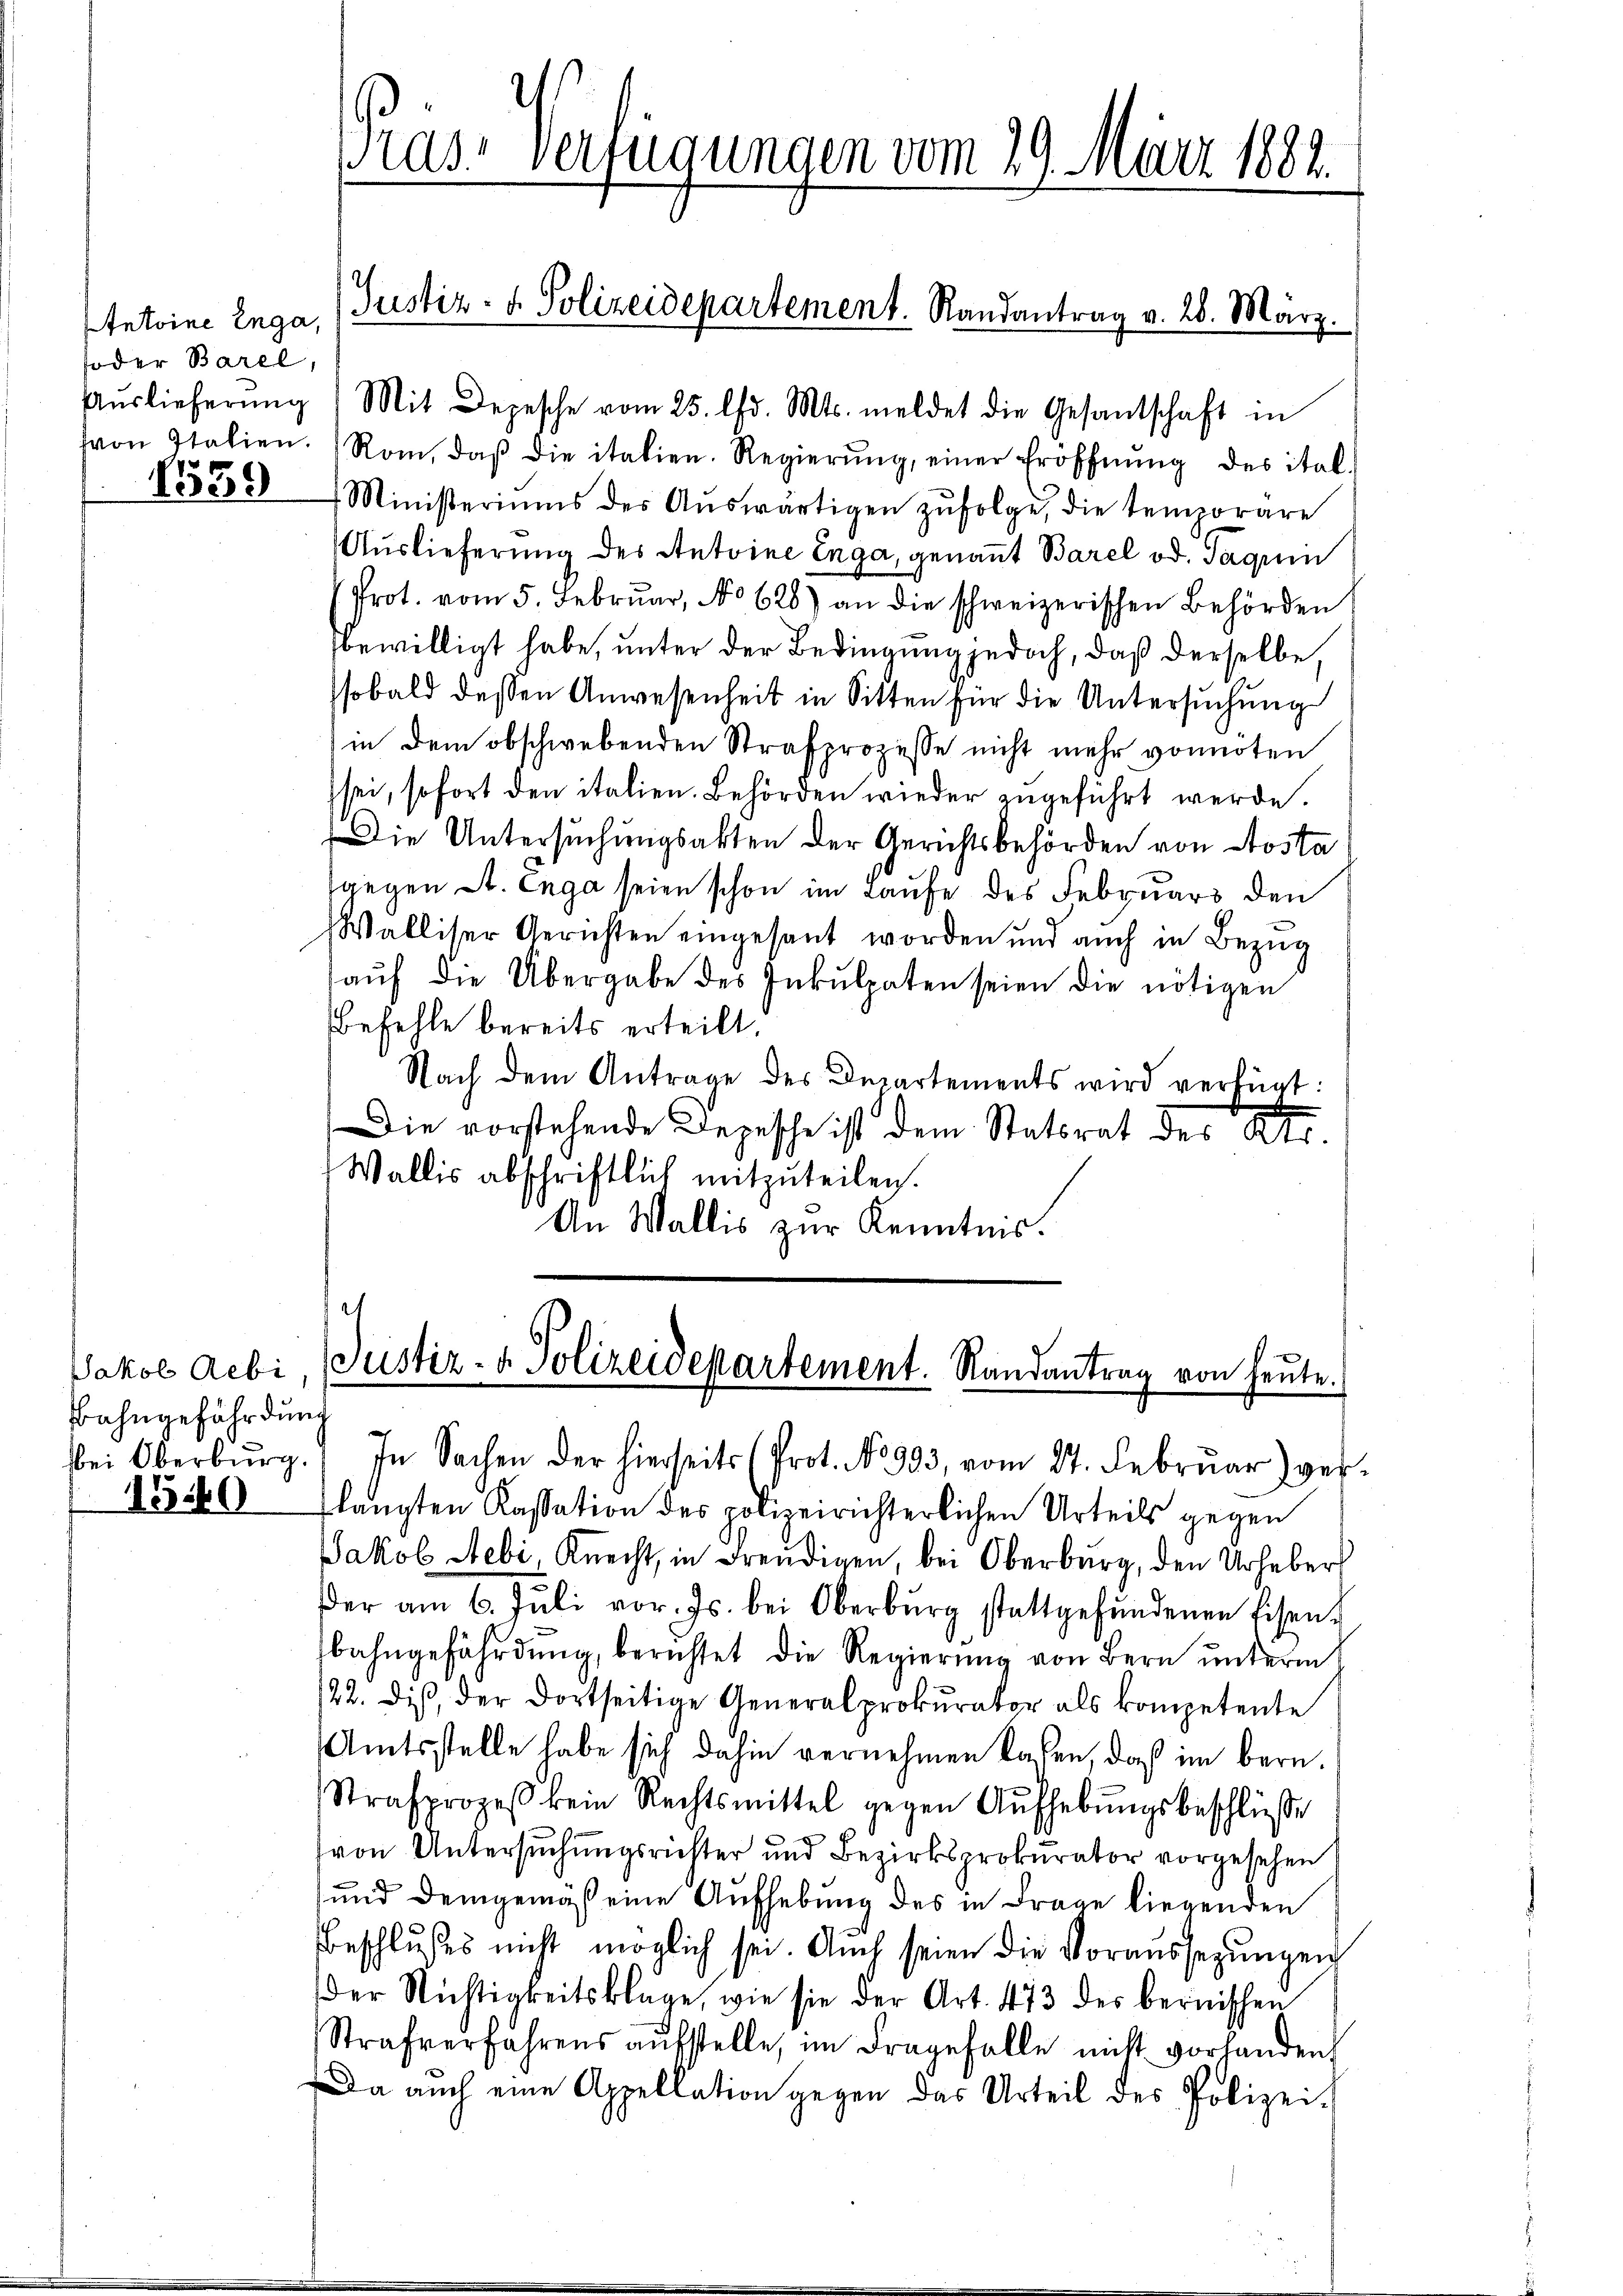
Antoine Enga,
foder Barel,
1539

Jakob Aebi
Bahngefährdung

Aŭslieferŭng Mit Depesche vom 25. Chr. Mts. meldet die Gesantschaft in
von Italien. Rom, daβ die italien. Regierŭng, einer Eröffnŭng des ital.
Ministeriums des Aŭswärtigen zŭfolge, die tenoräre
Auslieferung des Antoine Enga, genannt Barel od. Taquin
Prot. vom 5. Febrŭar, No 620) an die schweizerischen Behörden
bewilligt habe, unter der Bedingung jedoch, daß derselbe,
sobald dessen Anwesenheit in Sitten für die Untersuchung
in dem obschwebenden Strafprozesse nicht mehr vonnoten
sei, sofort den italien. Behörden wieder zugeführt werde.
Die Untersuchungsakten der Gerichtsbehörden von Aosta
gegen St. Enga seien schon im Laufe des Februars den
Walliser Gerichten eingesant worden und auch in Bezug
aŭf die Übergabe des Inkulpaten seien die nötigen
Befehle bereits erteilt.
Nach dem Antrage des Departements wird verfügt:
Die vorstehende Depesche ist dem Statsrat der Atr.
Wallis abschriftlich mitzuteilen.
An Wallis zur Kenntnis.

ras. Verfügungen vom 29. März 1888.

Justiz- & Polizeidepartement. Randantrag v. 28. März.

Justiz- & Polizeidepartement. Randantrag von heute.

bei Oberbŭrg. In Sachen der hierseits (Prot. No 993, vom 27. Febrŭar) ver-
1560 langten Kassation des polizeirichterlichen Urteils gegen
Jakob Aebi, Knecht, in Freudigen, bei Oberburg, den Urheber
der am 6. Juli vor. Js. bei Oberbŭrg stattgefŭndenen Eisen-
bahngefährdung, berichtet die Regierung von Bern unterm
/22. dis, der dortseitige Generalprokurator als kompetente
Amtsstelle habe sich dahin vernehmen kasen, daß im bern.
Strafprozeβ kein Rechtsmittel gegen Aŭfhebŭngsbeschlüsse
(von Untersuchungsrichter und Bezirksprokurator vorgesehen
und demgemäß eine Aufhebung des in Frage liegenden
Beschlußes nicht möglich sei. Auch seien die Voraussegŭngen
der Nichtigkeitsklage, wie sie der Art. 473 des bernischen
Strafverfahrens aufstelle, im Fragefalle nicht vorhanden
Da auch eine Appellation gegen das Urteil des Polizei-